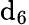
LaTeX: \mathrm{d}_{6}